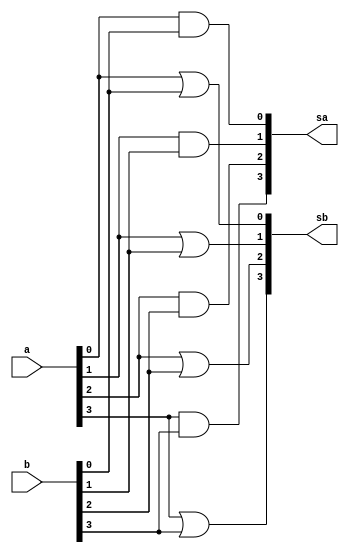
// ------------------------- 
// Exemplo0031 - F4
// Nome: Samuel Eusbio da Silva 
	
	// ------------------------- 
	// f4_gate 
	// ------------------------- 
	
	module f4 (output [3:0] sa, output [3:0] sb, input [3:0] a, input [3:0] b); 
	// descrever por portas
	and AND1(sa[0], a[0], b[0]);
	and AND2(sa[1], a[1], b[1]);
	and AND3(sa[2], a[2], b[2]);
	and AND4(sa[3], a[3], b[3]);
	
	or OR1(sb[0], a[0], b[0]);
	or OR2(sb[1], a[1], b[1]);
	or OR3(sb[2], a[2], b[2]);
	or OR4(sb[3], a[3], b[3]);
	
	endmodule // f4
	
	module test_f4; 
	// ------------------------- definir dados 
	reg [3:0] x; 
	reg [3:0] y; 
	wire [3:0] z1; 
	wire [3:0] z2; 
	f4 modulo (z1, z2, x, y); 
	
	// ------------------------- parte principal 
	initial begin 
	$display("Exemplo0031 - Samuel Eusbio da Silva - 435055"); 
	$display("Test LU's module"); 
	x = 4'b0011; y = 4'b0101; 
	// projetar testes do modulo 
	$monitor("%4b %4b = AND - %4b , OR - %4b",x,y,z1,z2);
	#1 x = 4'b0000; y = 4'b0000;
	#1 x = 4'b0110; y = 4'b1001;
	#1 x = 4'b0000; y = 4'b1111;
	#1 x = 4'b1111; y = 4'b1111;
	end 
	endmodule // test_f4